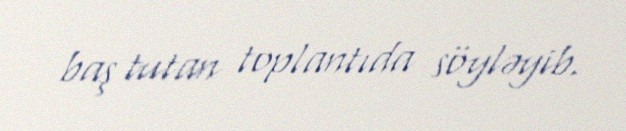
baş tutan toplantıda söyləyib.